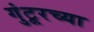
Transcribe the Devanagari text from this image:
गुंटूरच्या